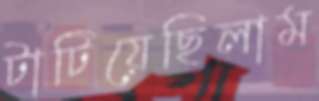
টাটিয়েছিলাম